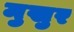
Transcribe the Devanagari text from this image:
मुखुर